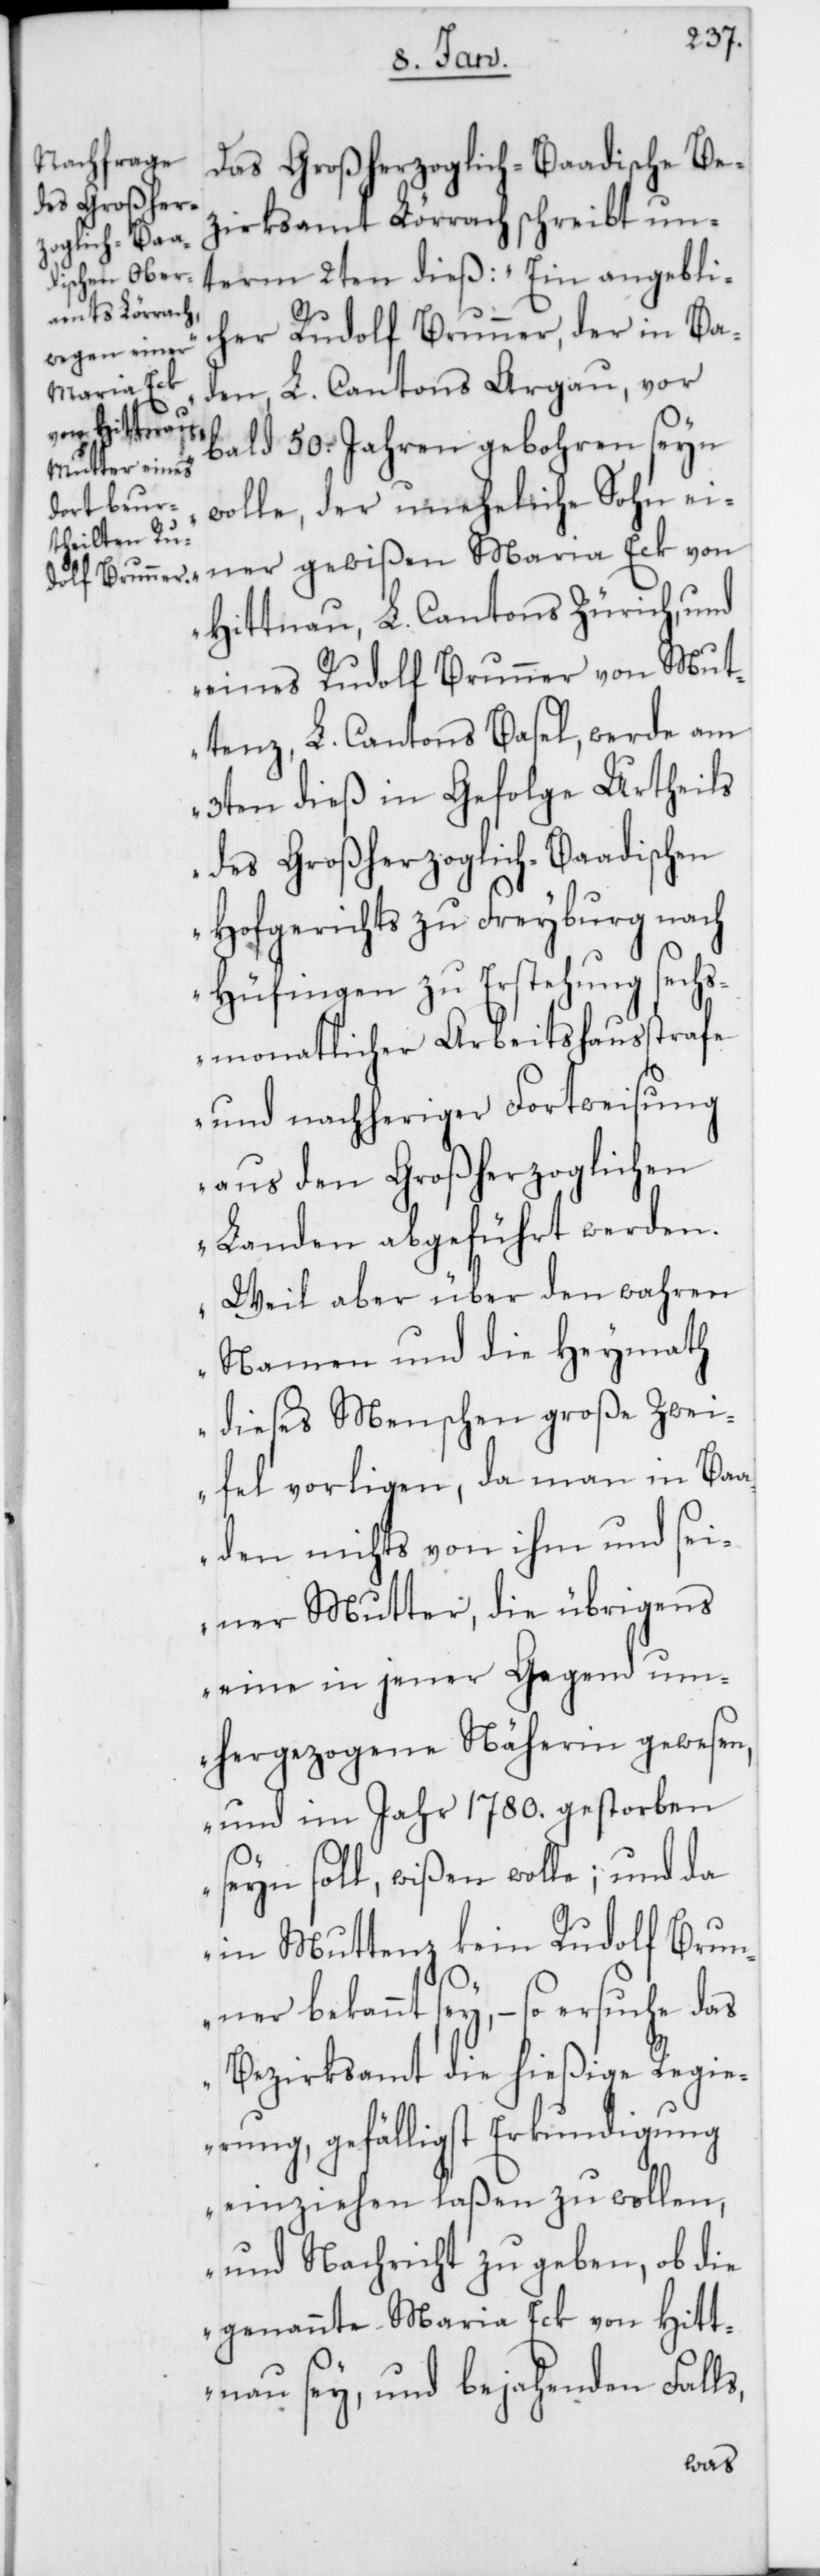
Das Großherzoglich-Baadische Be¬
zirksamt Lörrach schreibt un¬
term 2ten dieß: „Ein angebli¬
cher Rudolf Brunner, der in Ba¬
den, L. Cantons Argau, vor
bald 50. Jahren gebohren seyn
wolle, der uneheliche Sohn ei¬
ner gewißen Maria Eck von
Hittnau, L. Cantons Zürich, und
eines Rudolf Brunner von Mut¬
tenz, L. Cantons Basel, werde am
3ten dieß in Gefolge Urtheils
des Grossherzoglich-Baadischen
Hofgerichts zu Freyburg nach
Hüfingen zu Erstehung sechs¬
monatlicher Arbeitshausstrafe
und nachheriger Fortweisung
aus den Großherzoglichen
Landen abgeführt werden.
Weil aber über den wahren
Namen und die Heymath
dieses Menschen große Zwei¬
fel vorligen, da man in Ba¬
aden nichts von ihm und sei¬
ner Mutter, die übrigens
eine in jener Gegend um¬
hergezogene Näherin gewesen,
und im Jahr 1780. gestorben
seyn soll, wissen wolle; und da
in Muttenz kein Rudolf Brun¬
ner bekannt sey, – so ersuche das
Bezirksamt die hießige Regie¬
rung, gefälligst Erkundigung
einziehen laßen zu wollen,
und Nachricht zu geben, ob die
genannte Maria Eck von Hitt¬
nau sey, und bejahenden Falls,